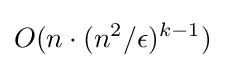
O(n\cdot (n^{2}/\epsilon )^{k-1})